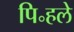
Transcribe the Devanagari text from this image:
पि॰हले